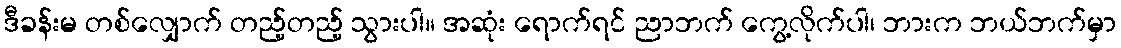
ဒီခန်းမ တစ်လျှောက် တည့်တည့် သွားပါ။ အဆုံး ရောက်ရင် ညာဘက် ကွေ့လိုက်ပါ၊ ဘားက ဘယ်ဘက်မှာ